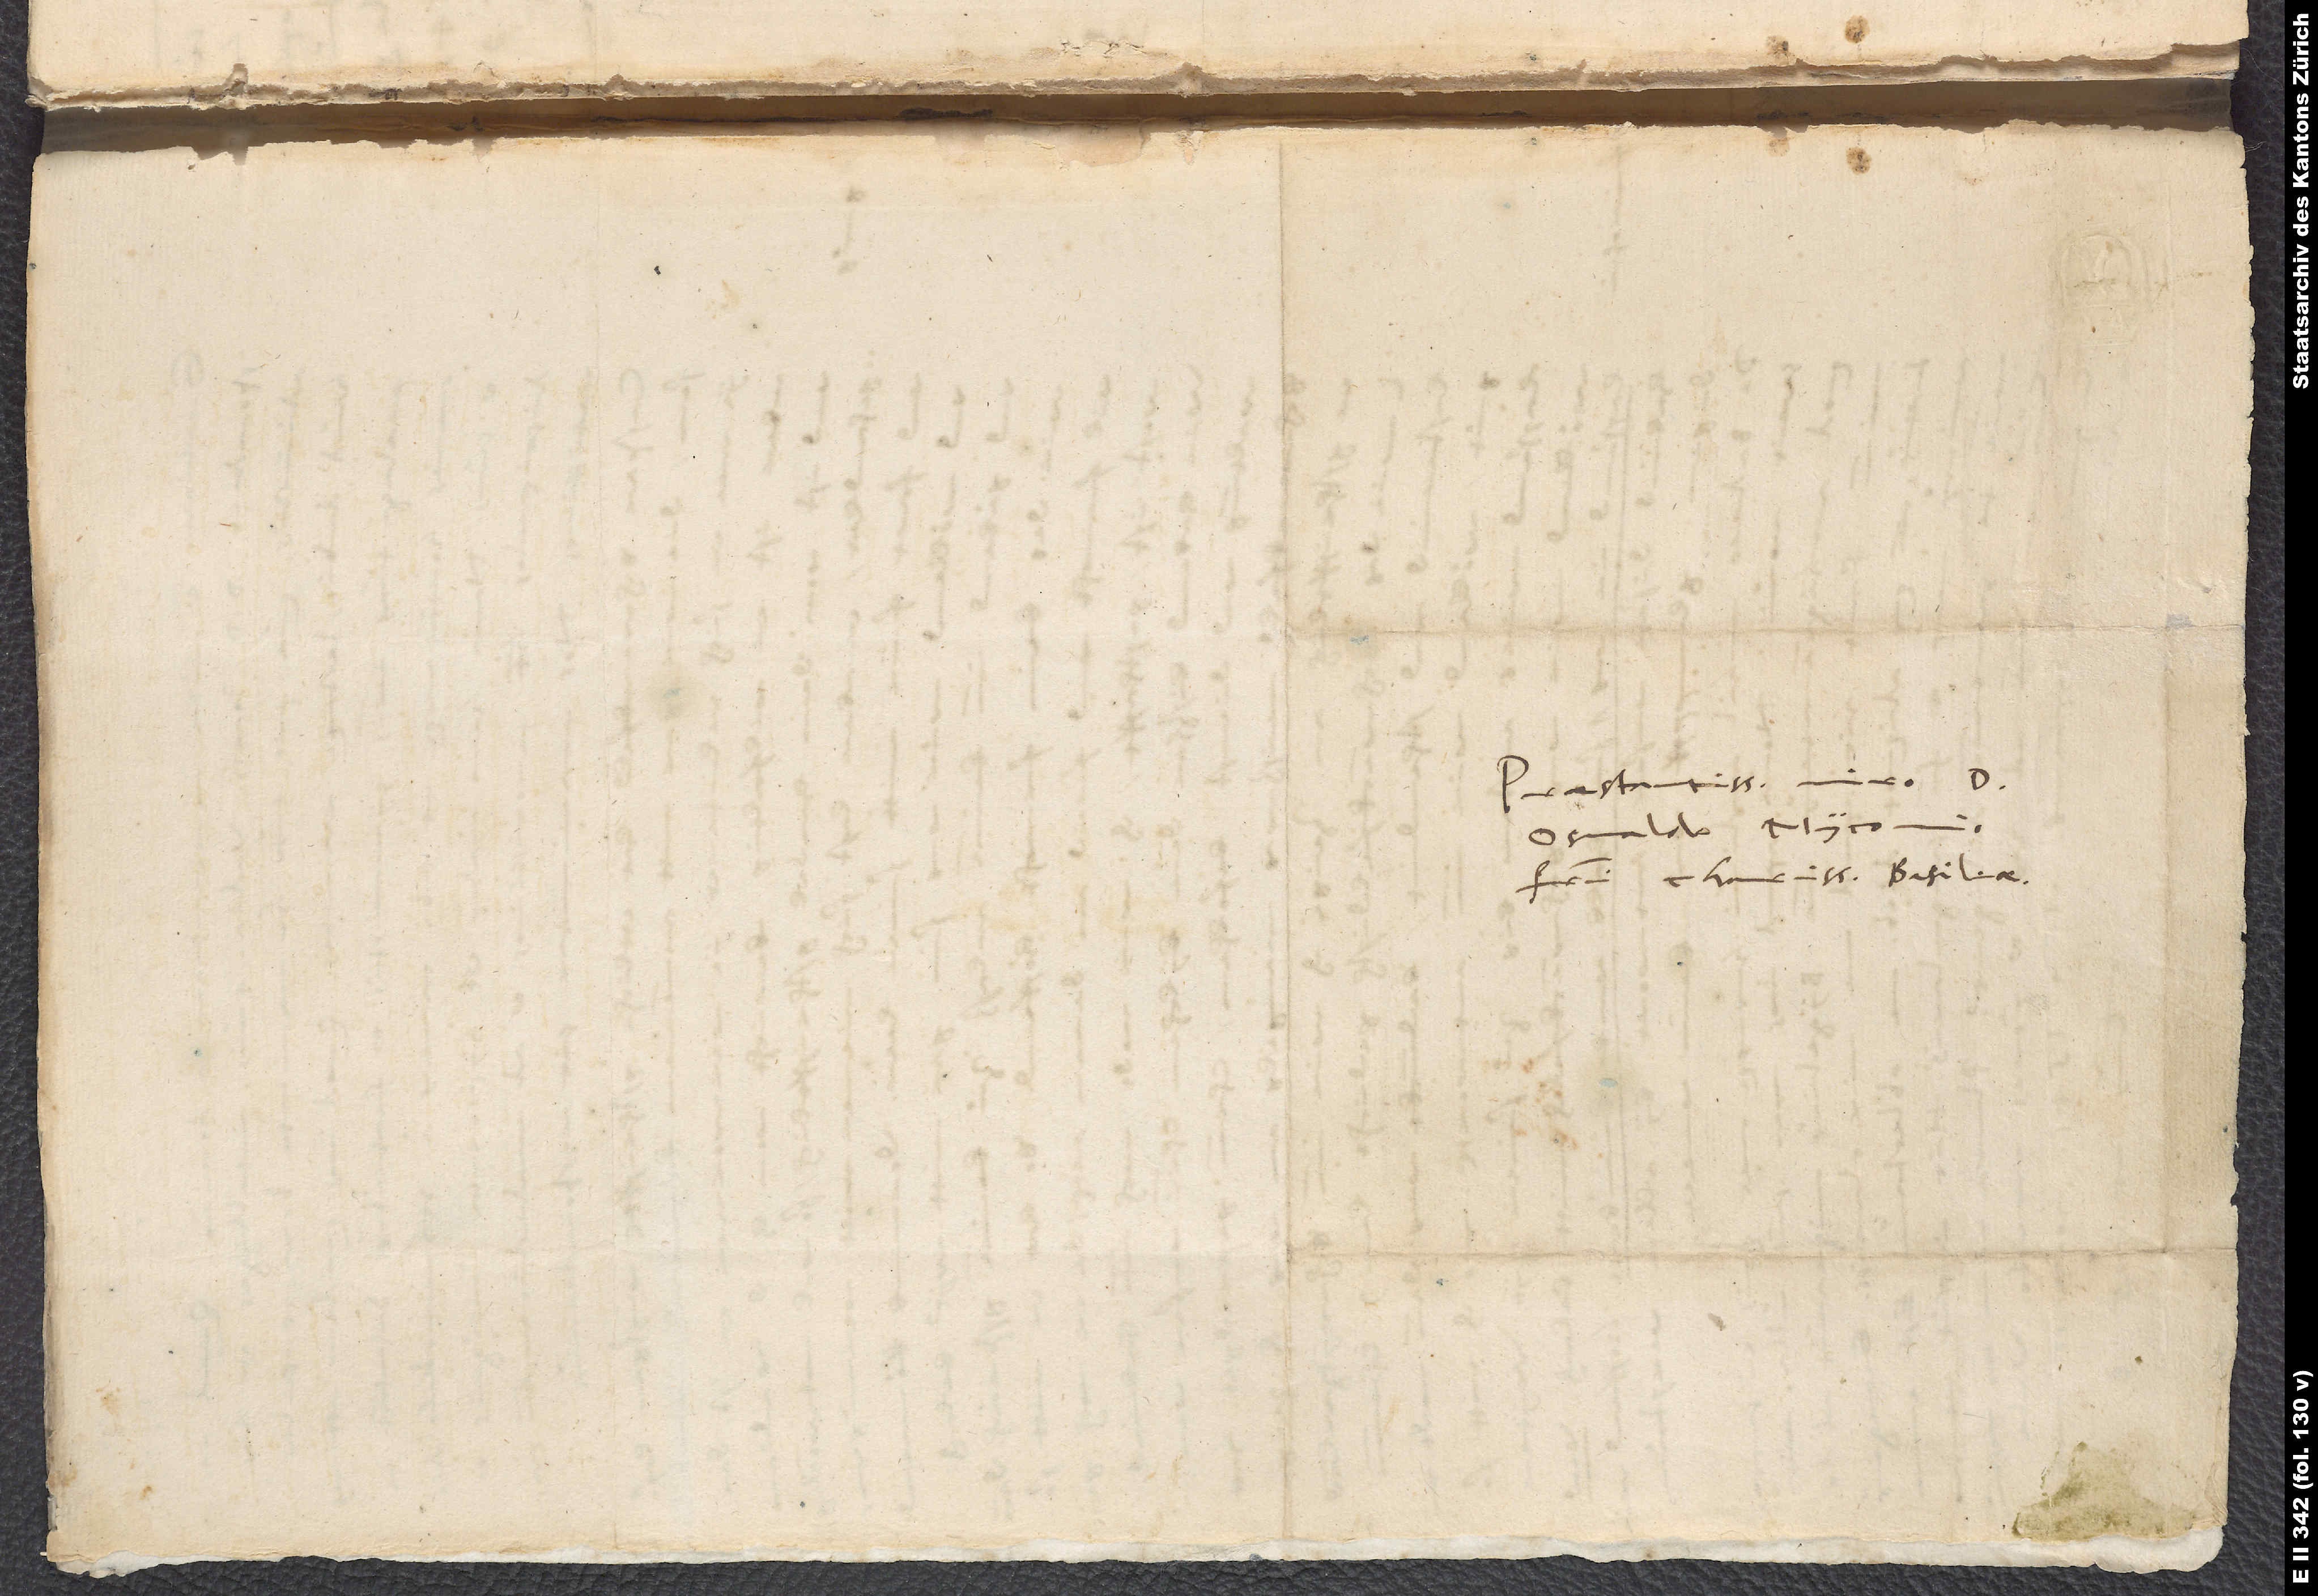
Praestantissimo viro d.
Myconio,
charissimo. Basileae.